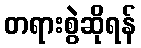
တရားစွဲဆိုရန်